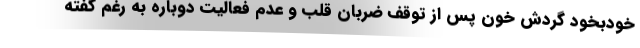
خودبخود گردش خون پس از توقف ضربان قلب و عدم فعالیت دوباره به رغم گفته